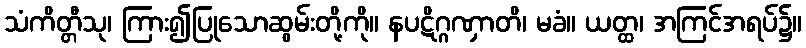
သံကိတ္တီသု၊ ကြား၍ပြုသောဆွမ်းတို့ကို။ နပဋိဂ္ဂဏှာတိ၊ မခံ။ ယတ္ထ၊ အကြင်အရပ်၌။